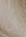
أن